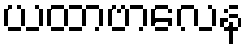
ယထာဗာလေန